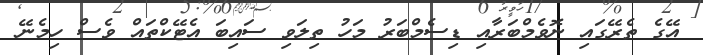
އޭގެ ތެރޭގައި ނޮވެމްބަރާއި ޑިސެމްބަރު މަހު ތިލަވި ސައިބަ އެޓޭކްތައް ވެސް ހިމެނޭ